Annual administration report of the Civil Veterinary Department of India - 1895-1896
Year: 1895
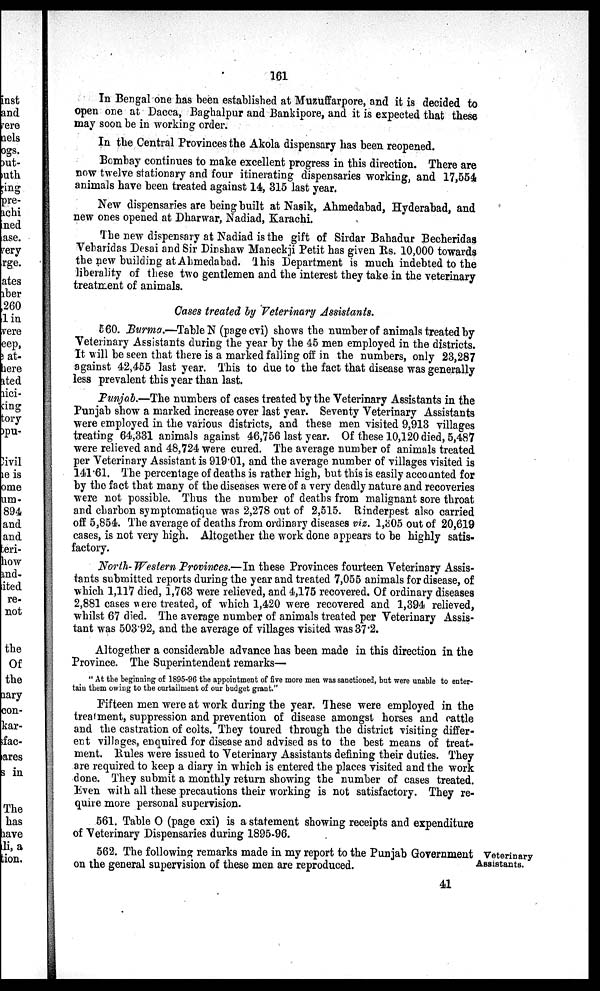
161
In Bengal one has been established at Muzuffarpore, and it is decided to
open one at Dacca, Baghalpur and Bankipore, and it is expected that these
may soon be in working order.
In the Central Provinces the Akola dispensary has been reopened.
Bombay continues to make excellent progress in this direction. There are
now twelve stationary and four itinerating dispensaries working, and 17,554
animals have been treated against 14, 315 last year.
New dispensaries are being built at Nasik, Ahmedabad, Hyderabad, and
new ones opened at Dharwar, Nadiad, Karachi.
The new dispensary at Nadiad is the gift of Sirdar Bahadur Becheridas
Vebaridas Desai and Sir Dinshaw Maneckji Petit has given Rs. 10,000 towards
the new building at Ahmedabad. This Department is much indebted to the
liberality of these two gentlemen and the interest they take in the veterinary
treatment of animals.
Cases treated by Veterinary Assistants.
560. Burma.—Table N (page cvi) shows the number of animals treated by
Veterinary Assistants during the year by the 45 men employed in the districts.
It will be seen that there is a marked falling off in the numbers, only 23,287
against 42,455 last year. This to due to the fact that disease was generally
less prevalent this year than last.
Punjab.—The numbers of cases treated by the Veterinary Assistants in the
Punjab show a marked increase over last year. Seventy Veterinary Assistants
were employed in the various districts, and these men visited 9,913 villages
treating 64,331 animals against 46,756 last year. Of these 10,120 died, 5,487
were relieved and 48,724 were cured. The average number of animals treated
per Veterinary Assistant is 919.01, and the average number of villages visited is
141.61. The percentage of deaths is rather high, but this is easily accounted for
by the fact that many of the diseases were of a very deadly nature and recoveries
were not possible. Thus the number of deaths from malignant sore throat
and charbon symptomatique was 2,278 out of 2,515. Rinderpest also carried
off 5,854. The average of deaths from ordinary diseases viz. 1,305 out of 20,619
cases, is not very high. Altogether the work done appears to be highly satis-
factory.
North-Western Provinces.—In these Provinces fourteen Veterinary Assis-
tants submitted reports during the year and treated 7,055 animals for disease, of
which 1,117 died, 1,763 were relieved, and 4,175 recovered. Of ordinary diseases
2,881 cases were treated, of which 1,420 were recovered and 1,394 relieved,
whilst 67 died. The average number of animals treated per Veterinary Assis-
tant was 503.92, and the average of villages visited was 37.2.
Altogether a considerable advance has been made in this direction in the
Province. The Superintendent remarks—
"At the beginning of 1895-96 the appointment of five more men was sanctioned, but were unable to enter-
tain them owing to the curtailment of our budget grant."
Fifteen men were at work during the year. These were employed in the
treatment, suppression and prevention of disease amongst horses and cattle
and the castration of colts. They toured through the district visiting differ-
ent villages, enquired for disease and advised as to the best means of treat-
ment. Rules were issued to Veterinary Assistants defining their duties. They
are required to keep a diary in which is entered the places visited and the work
done. They submit a monthly return showing the number of cases treated.
Even with all these precautions their working is not satisfactory. They re-
quire more personal supervision.
561. Table O (page cxi) is a statement showing receipts and expenditure
of Veterinary Dispensaries during 1895-96.
Veterinary
Assistants.
562. The following remarks made in my report to the Punjab Government
on the general supervision of these men are reproduced.
41